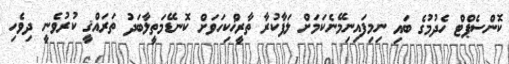
ކޮންސެޕްޓް ހެދުމުގެ ބައި ނިމިފައިނިމޭނެކަމަށް ލަފާކުރާ ތާރީޚްކިހަވަށް ކޮނޑޭމަތީލާބަދު ތަރައްޤީ ކުރުވެނީ ދިވެހި